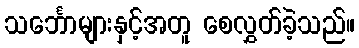
သင်္ဘောများနှင့်အတူ စေလွှတ်ခဲ့သည်။